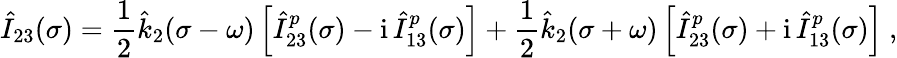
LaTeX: \hat{I}_{23}(\sigma)=\frac 12\hat{k}_{2}(\sigma-\omega)\left[\hat{I}_{23}^{p}(\sigma)-\mathrm{i}\, \hat{I}_{13}^{p}(\sigma)\right]+\frac 12\hat{k}_{2}(\sigma+\omega)\left[\hat{I}_{23}^{p}(\sigma)+\mathrm{i}\, \hat{I}_{13}^{p}(\sigma)\right]\ ,